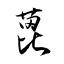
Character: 蓖